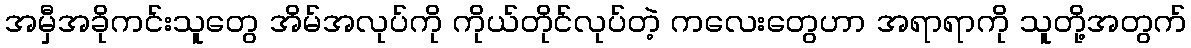
အမှီအခိုကင်းသူတွေ အိမ်အလုပ်ကို ကိုယ်တိုင်လုပ်တဲ့ ကလေးတွေဟာ အရာရာကို သူတို့အတွက်